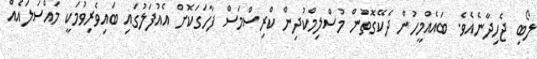
ލޯބި ޖެހިދާނެއެވެ. ބައެއްމީހުން ދެކޭގޮތުން މުސްލިމްކުދިން ކްރިސްމަސް ފާހަގަކޮށް އެއުފަލުގައި ބައިވެރިވުމަކީ މައްސަލައެއް